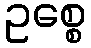
ဥစ္စေ